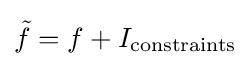
{\tilde {f}}=f+I_{\mathrm {constraints} }